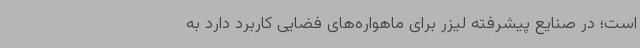
است؛ در صنایع پیشرفته لیزر برای ماهواره‌های فضایی کاربرد دارد به